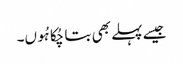
جیسے پہلے بھی بتا چُکا ہُوں۔